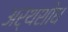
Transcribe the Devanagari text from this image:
अर्थशोध